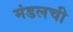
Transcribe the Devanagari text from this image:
मंडलची